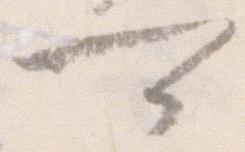
可